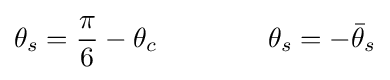
\theta _{s}={\frac {\pi }{6}}-\theta _{c}\qquad \qquad \theta _{s}=-{\bar {\theta }}_{s}